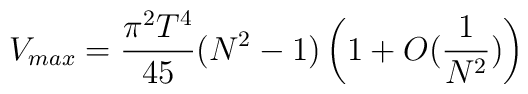
V_{max}={\pi^2 T^4\over {45}}(N^2-1)\left(1+O({1\over {N^2}})\right)